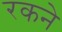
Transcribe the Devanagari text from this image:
रकने